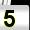
Digit: 5